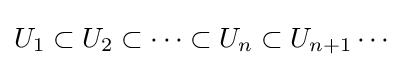
U_{1}\subset U_{2}\subset \cdots \subset U_{n}\subset U_{n+1}\cdots